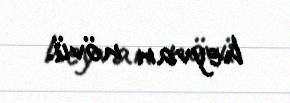
heyvan növü.